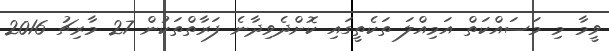
ވީމާ މި މަސައްކަތް އަމިއްލަ ތަކެތީގައި ކޮށްދެވިދާނެ ފަރާތްތަކުން 27 މާރިޗު 2016